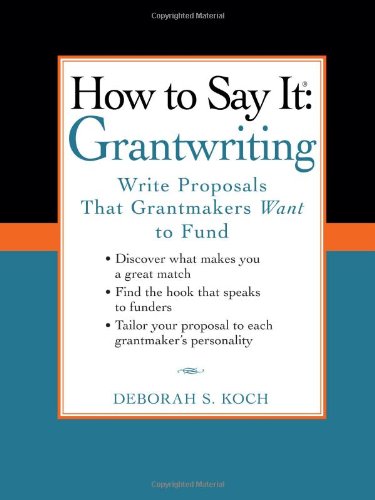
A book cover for How to Say It: Grantwriting: Write Proposals That Grantmakers Want to Fund; Deborah S. Koch; Business & Money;